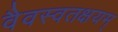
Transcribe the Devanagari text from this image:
वैवस्वतक्षयम्